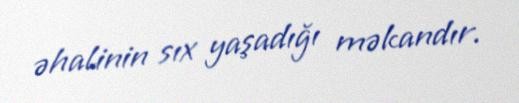
əhalinin sıx yaşadığı məkandır.